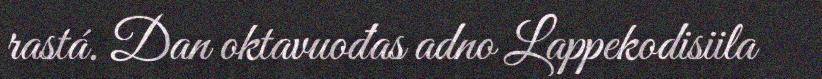
rastá. Dan oktavuođas adno Lappekodisiila